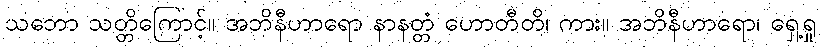
သဘော သတ္တိကြောင့်။ အဘိနီဟာရော နာနတ္တံ ဟောတီတိ၊ ကား။ အဘိနီဟာရော၊ ရှေ့ရှု